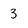
Character: 3